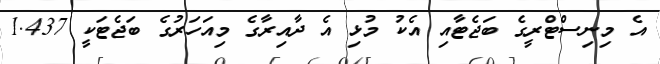
އެ މިނިސްޓްރީގެ ބަޖެޓާއި އެކު މުޅި އެ ދާއިރާގެ މިއަހަރުގެ ބަޖެޓަކީ 1.437